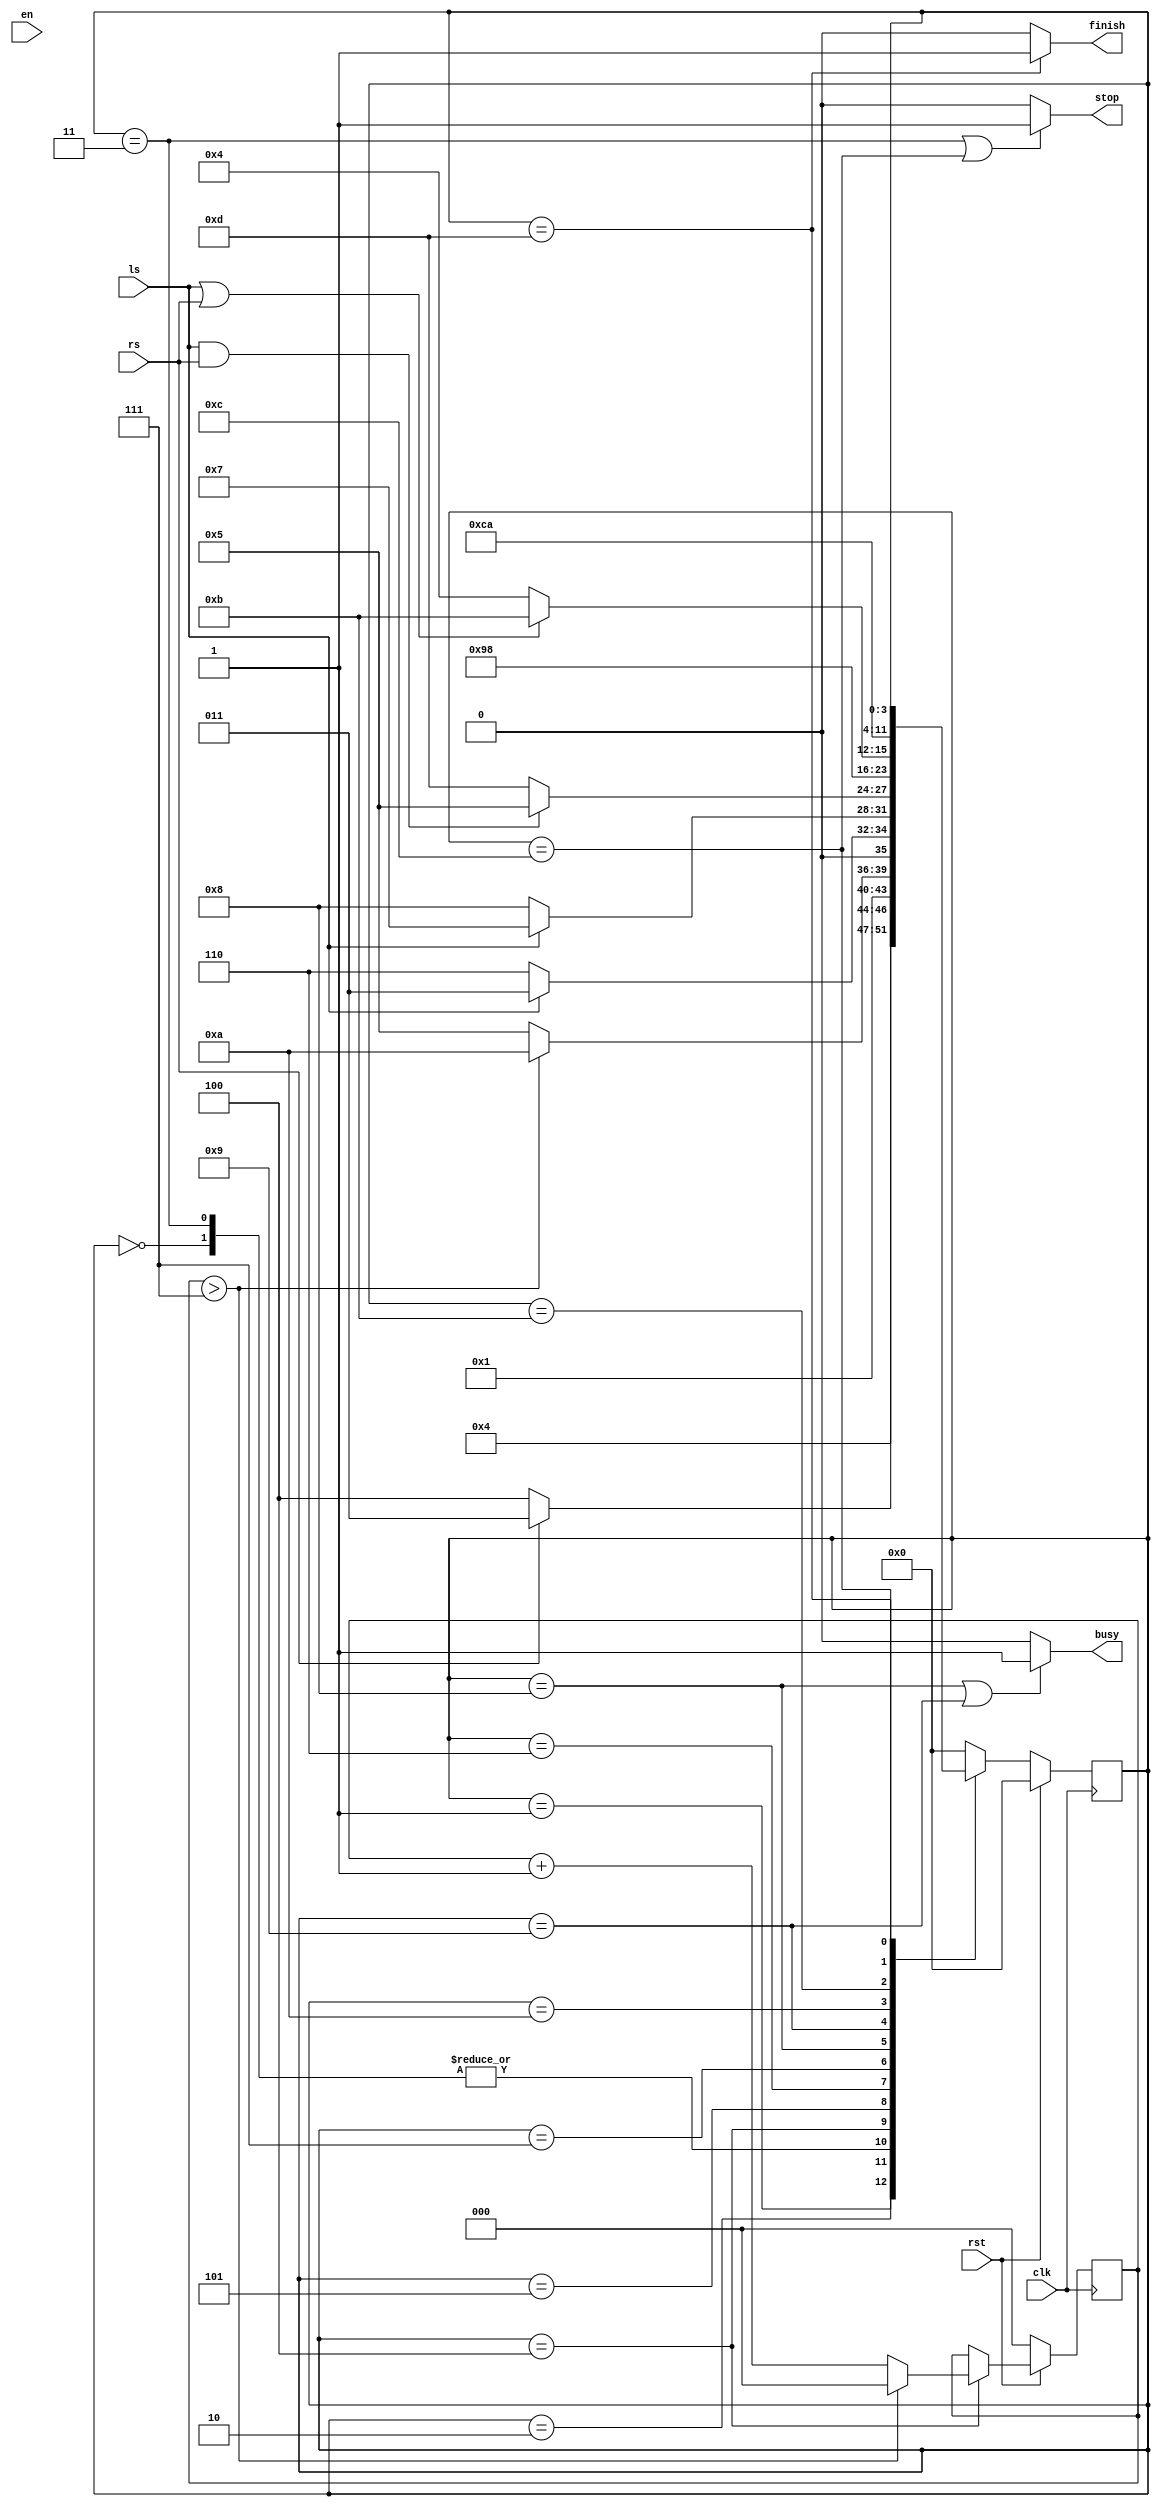
module FSM ( clk,rst, en, ls, rs, stop, busy, finish);
	input wire clk;
	input wire rst;
	input wire en;
	input wire ls;
	input wire rs;

	output wire stop;
	output wire busy;
	output wire finish;
	
    parameter S0 = 4'b0000, S1 = 4'b0001, S2 = 4'b0010, S3 = 4'b0011, S4 = 4'b0100, S5 = 4'b0101, S6 = 4'b0110, S7 = 4'b0111, S8 = 4'b1000, S9 = 4'b1001, S10 = 4'b1010, S11 = 4'b1011, S12 = 4'b1100, S13 = 4'b1101, S14 = 4'b1110;
	
	reg [3:0] ns, st;

	reg [2:0] count;


	always @(posedge clk)
	begin : CurrstProc
		if (rst)
			st <= S0;
		else
			st <= ns;
	end

	always @*
	begin : NextstProc
		ns = st;
		case (st)
			S0: ns = S1;
			S1: ns = S2;
			S2:
				if (rs == 1'b1)
					ns = S3;
				else
					ns = S4;
			S3: ns = S1;
			S4: if (count > 7)
					ns = S10;
				else
					ns = S5;
			S5: if (ls == 1'b0)
					ns = S6;
				else
					ns = S3;
			S6:
				if (ls == 1'b1)
					ns = S7;
				else
					ns = S8;
			S7:
				if (ls == 1'b1 && rs == 1'b1)
					ns = S5;
				else
					ns = S13;
			S8: ns = S9;
			S9: ns = S8;
			S10:
				if (ls == 1'b1 || rs == 1'b1)
					ns = S11;
				else
					ns = S4;
			S11: ns = S12;
			S12: ns = S10;
			S13: ;
			default: ns = S0;
		endcase;
	end
	
	always @(posedge clk)
		if(~rst)
			count <= 0;
		else
		begin
			if(st == S4)
				if (count > 7)
					count <= 0;
				else
					count <= count + 1;
		end

	//FSM outputs (combinatorial)

	assign stop   = (st == S3 || st == S12) ? 1'b1 : 1'b0;

	assign finish = (st == S13) ? 1'b1 : 1'b0;

	assign busy   = (st == S8 || st == S9) ? 1'b1 : 1'b0;

endmodule


module top (
input clk,
input rst,
input en,
input a,
input b,
output s,
output bs,
output f
);

FSM u_FSM ( .clk(clk),
            .rst(rst), 
            .en(en), 
            .ls(a), 
            .rs(b), 
            .stop(s), 
            .busy(bs), 
            .finish(f));

endmodule